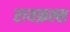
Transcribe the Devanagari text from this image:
रायफ़ल्स